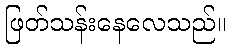
ဖြတ်သန်းနေလေသည်။